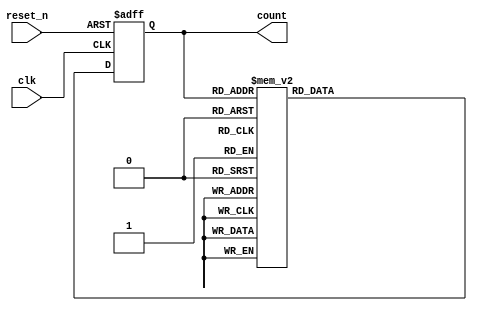
`timescale 1ns / 1ps
//////////////////////////////////////////////////////////////////////////////////
// Company: 
// Engineer: 
// 
// Design Name: 
// Module Name: JHONSON_COUNTER
// Project Name: 
// Target Devices: 
// Tool Versions: 
// Description: 
// 
// Dependencies: 
// 
// Revision:
// Revision 0.01 - File Created
// Additional Comments:
// 
//////////////////////////////////////////////////////////////////////////////////


module JHONSON_COUNTER(
input clk,
input reset_n,
output reg [3:0]count
    );
   always @ (posedge clk,negedge reset_n)
   begin
   if(!reset_n)
   count <= 'b0;
   else
   case(count)
   4'b0000: count <= 4'b1000;
   4'b1000: count <= 4'b1100;
   4'b1100: count <= 4'b1110;
   4'b1110: count <= 4'b1111;
   4'b1111: count <= 4'b0111;
   4'b0111: count <= 4'b0011;
   4'b0011: count <= 4'b0001;
   4'b0001: count <= 4'b0000;
   default: count <= 'b0;
   endcase
   end
endmodule